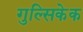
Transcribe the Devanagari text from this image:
गुल्सिकेक